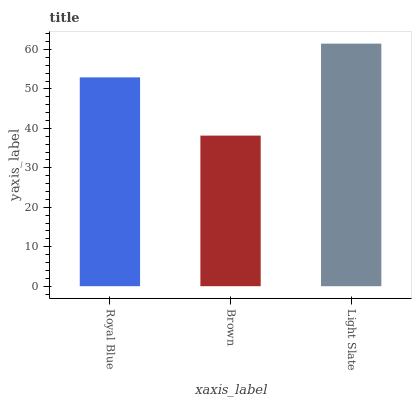
| xaxis_label | bars |
 | --- | --- |
 | Royal Blue | 52.9 |
 | Brown | 38.2 |
 | Light Slate | 61.5 |